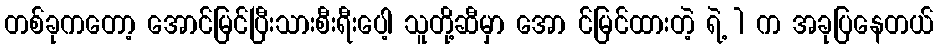
တစ်ခုကတော့ အောင်မြင်ပြီးသားစီးရီးပေါ့ သူတို့ဆီမှာ အော င်မြင်ထားတဲ့ ရဲ့ 1 က အခုပြနေတယ်